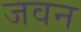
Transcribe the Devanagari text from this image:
जवन